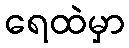
ရေထဲမှာ